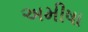
અમીષા